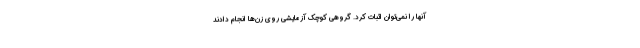
آنها را نمی‌توان اثبات کرد. گروهی کوچک آزمایشی روی زن‌ها انجام دادند